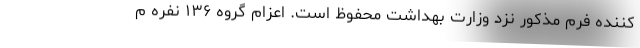
کننده فرم مذکور نزد وزارت بهداشت محفوظ است. اعزام گروه ۱۳۶ نفره م